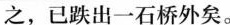
之，已跌出一石桥外矣。